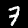
Label: 7